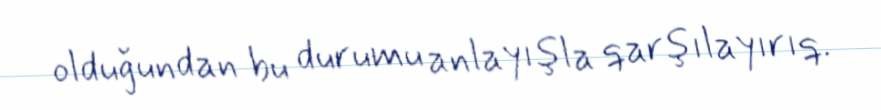
olduğundan bu durumu anlayışla qarşılayırıq.